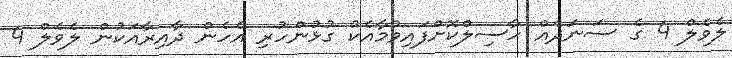
ލެވެލް 4 ގެ ސަނަދެއް ހާސިލްކޮށްފައިވުމާއެކު ގުޅުންހުރި އެހެން ދާއިރާއަކުން ލެވެލް 4